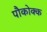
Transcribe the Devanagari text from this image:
पौकोक्क